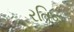
રતિજ